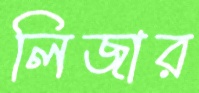
লিজার